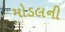
મોડલની